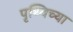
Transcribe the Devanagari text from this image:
पृथ्विच्या